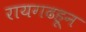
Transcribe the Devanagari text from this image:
रायगढहून